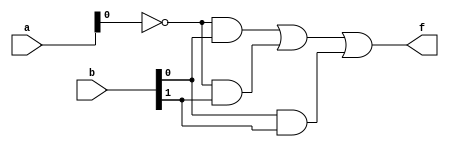

//Module to implement given logic Function

module comb_logic(a,b,f);

input [1:0] a,b;
output f;

wire nota0, w1, w2, w3;

not (nota0, a[0]);
and(w1, nota0, b[0]);
and(w2, nota0, b[1]);
and(w3, b[0], b[1]);

or(f, w1, w2, w3);

endmodule